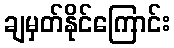
ချမှတ်နိုင်ကြောင်း